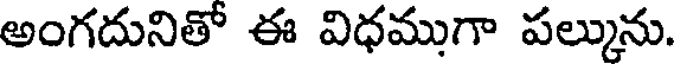
అంగదునితో ఈ విధముగా పల్కును.